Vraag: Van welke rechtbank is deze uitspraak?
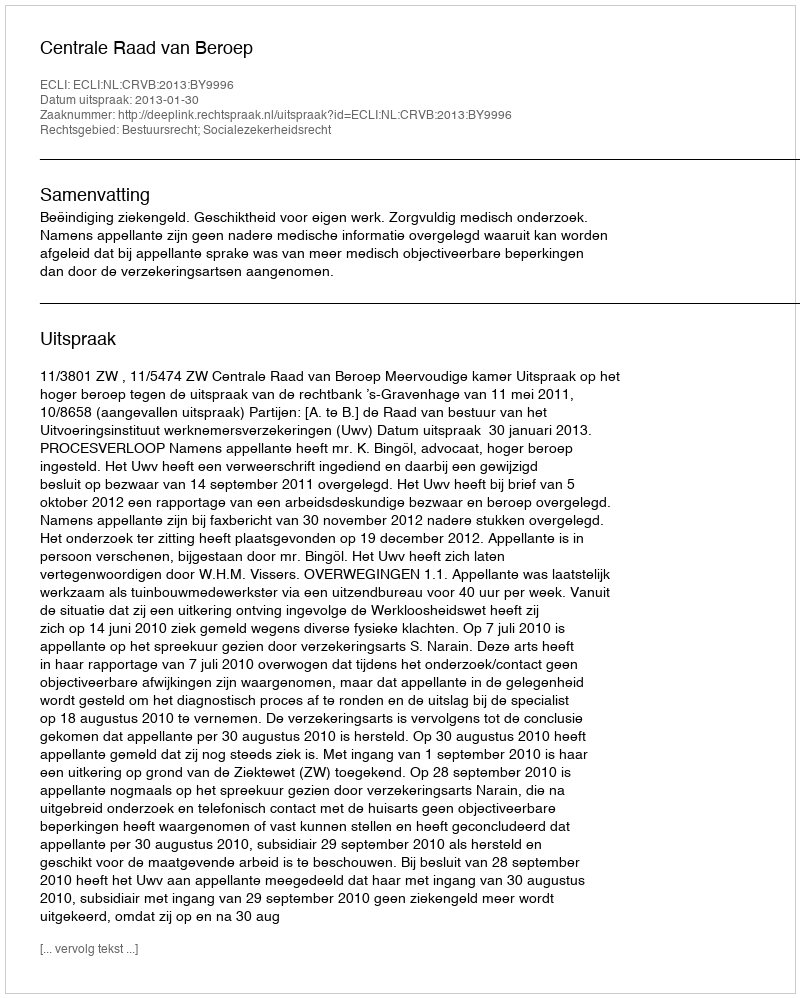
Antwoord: Centrale Raad van Beroep